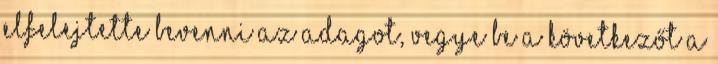
elfelejtette bevenni az adagot, vegye be a következőt a